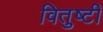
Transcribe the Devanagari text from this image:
वितुष्टी